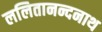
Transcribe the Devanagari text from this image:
ललितानन्दनाथ